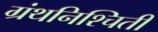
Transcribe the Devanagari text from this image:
ग्रंथनिश्चिती